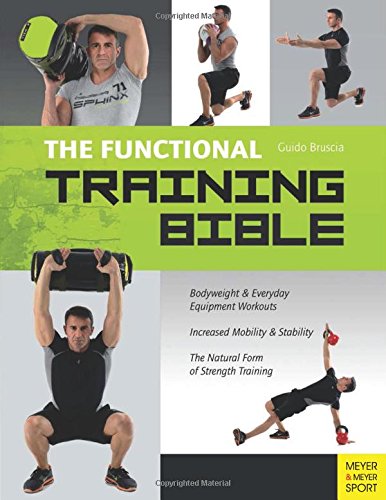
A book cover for The Functional Training Bible; Guido Bruscia; Health, Fitness & Dieting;